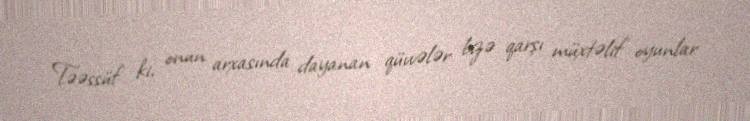
Təəssüf ki, onun arxasında dayanan qüvvələr bizə qarşı müxtəlif oyunlar